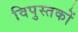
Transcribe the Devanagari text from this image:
विपुस्तकों